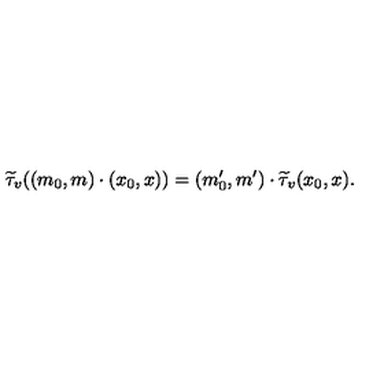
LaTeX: \widetilde { \tau } _ { v } ( ( m _ { 0 } , m ) \cdot ( x _ { 0 } , x ) ) = ( m _ { 0 } ^ { \prime } , m ^ { \prime } ) \cdot \widetilde { \tau } _ { v } ( x _ { 0 } , x ) .